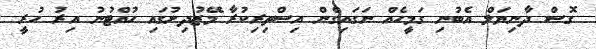
ގޮސް ދާނިޔަލް އެބުނި ގަމީހެއް ނަގައިގެން އިސްތިރިކުރާ މޭޒުދިށުގައި ހުއްޓުނު އިރު ހުރީ